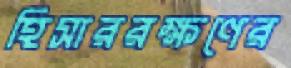
হিসাররক্ষণের